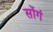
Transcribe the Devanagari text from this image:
सोंगं